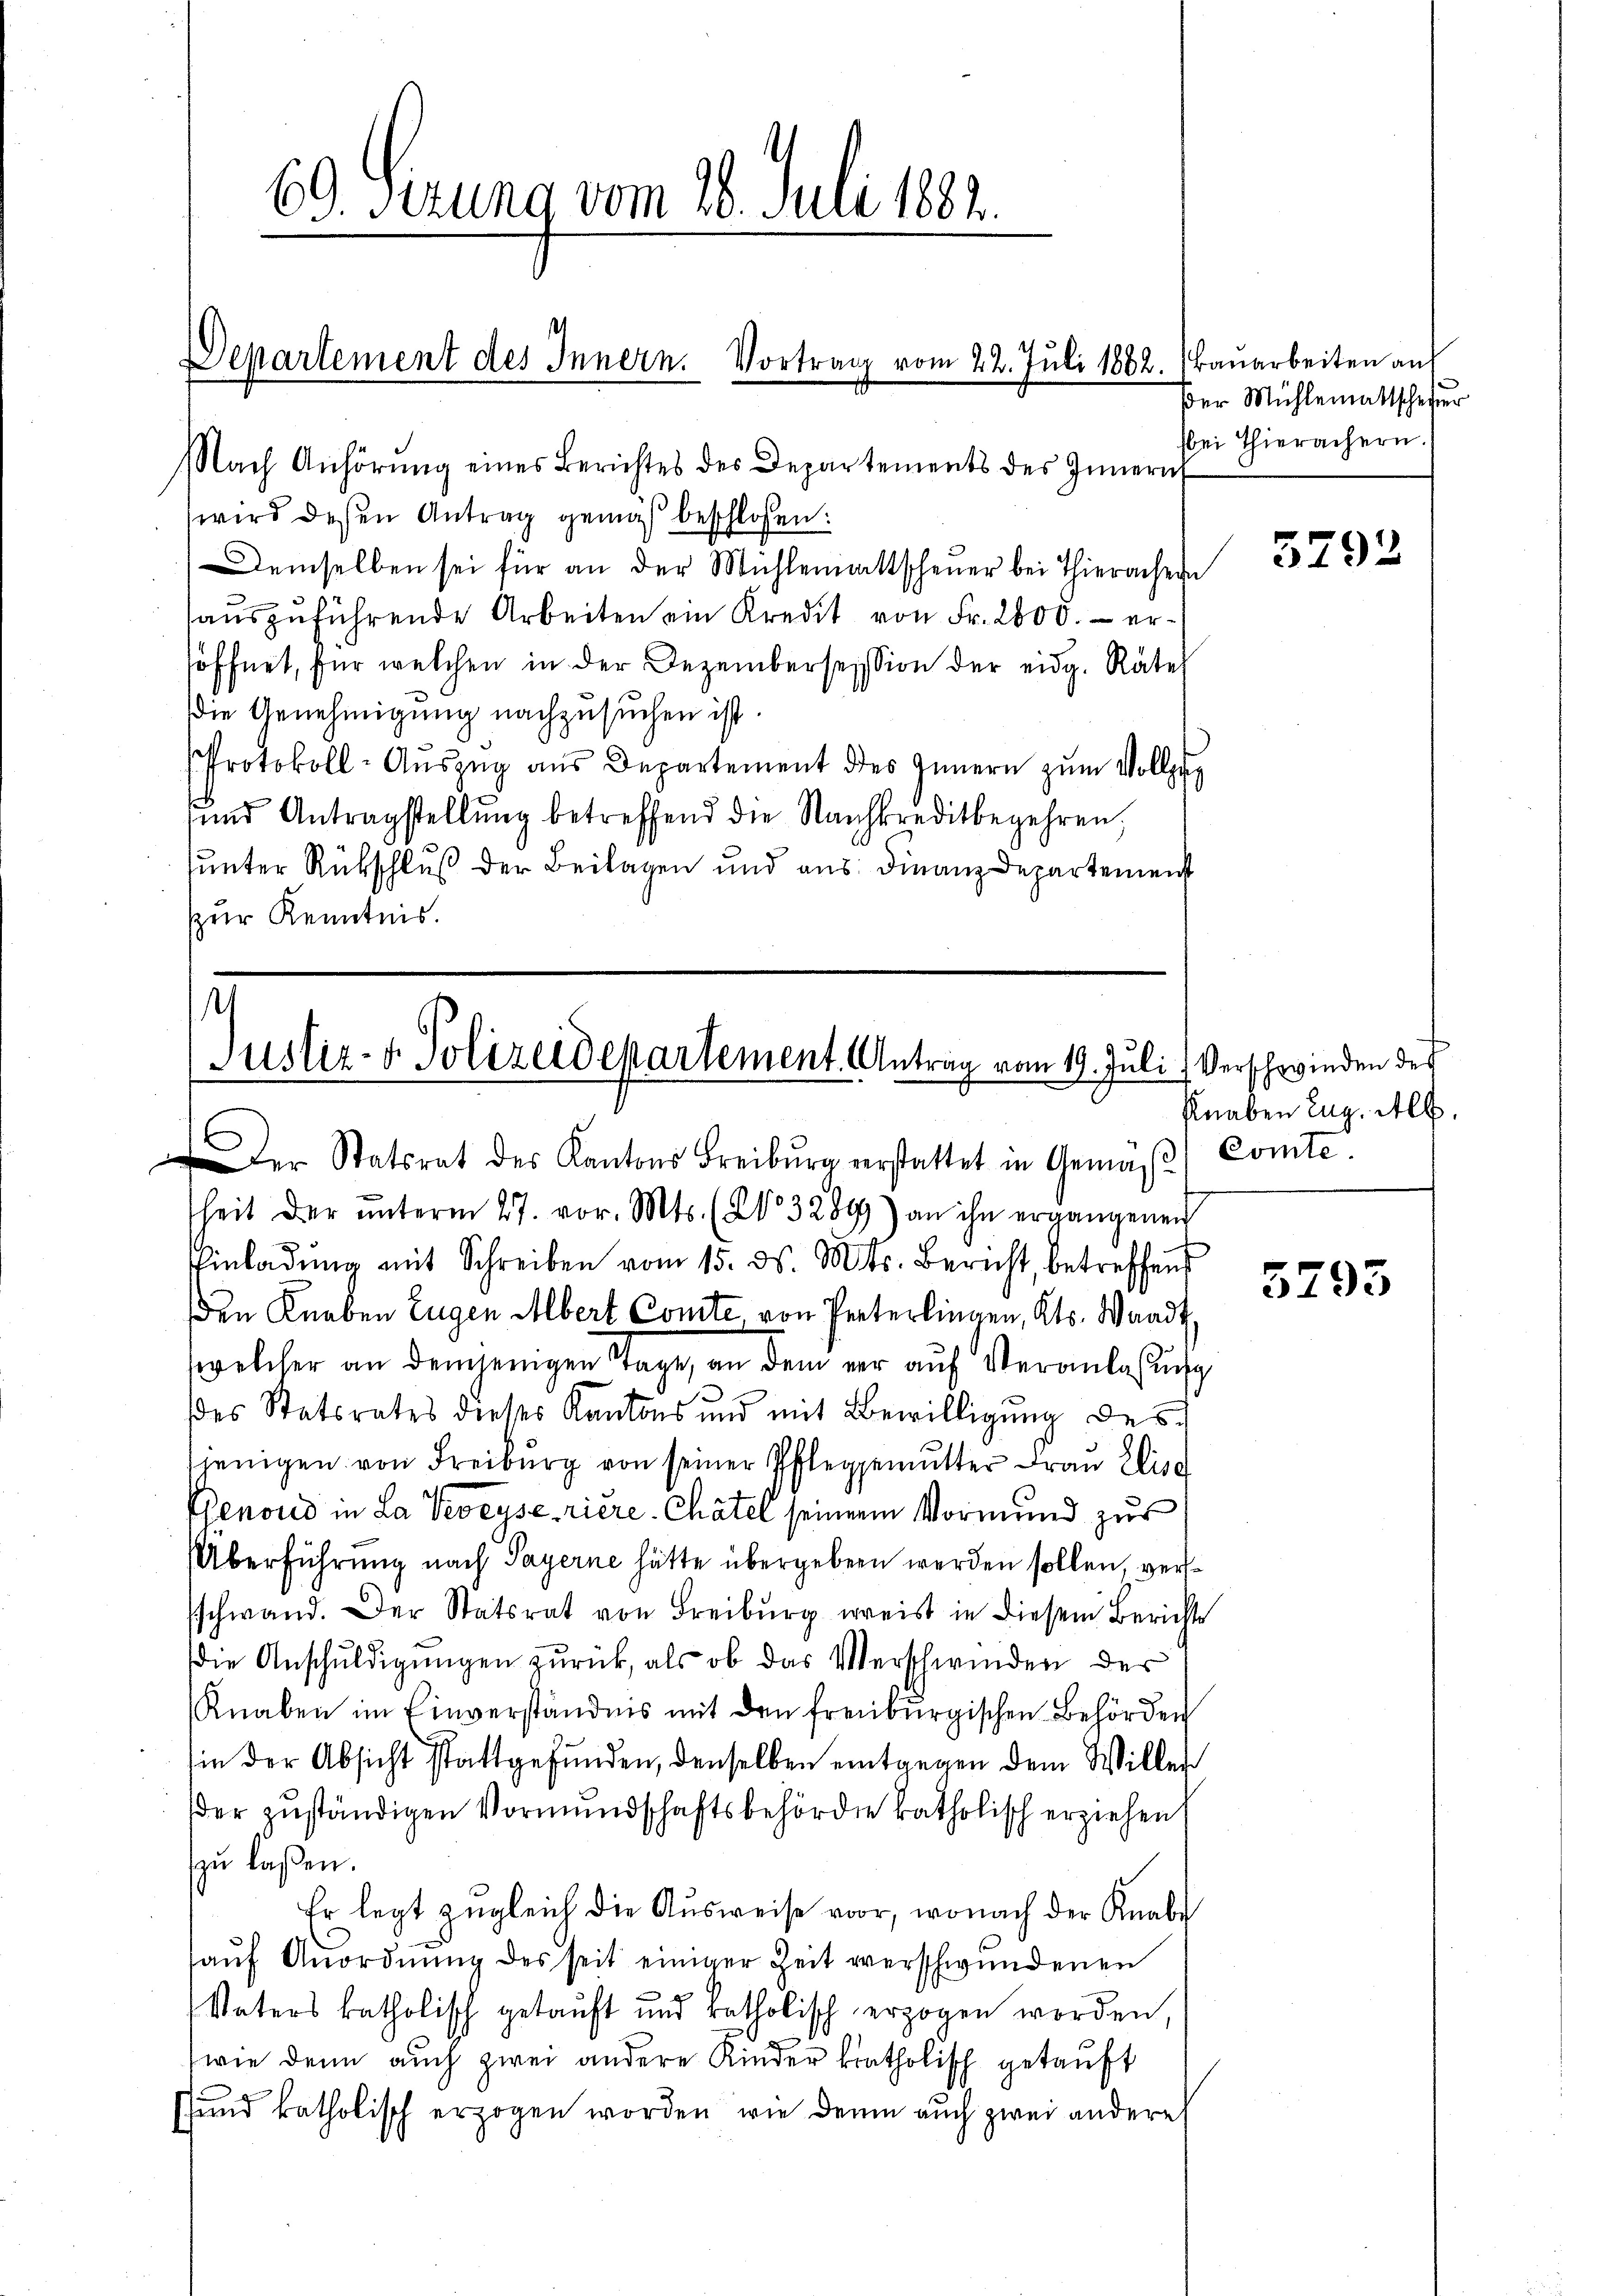
69. derung vom 26. Juli 1882.

,
Departement des Innern. Vortrag vom 22. Juli 1882. Baŭarbeiten auf

Nach Anhörŭng eines Berichtes des Departements des Innern
wird deßen Antrag gemäß beschlossen:
Demselben sei für an der Mühlemattscheuer bei Thierachen
aŭszŭführende Arbeiten ein Kredit von Fr. 2000.- ersöffnet, für welchen in der Dezembersession der eidg. Räte
die Genehmigung nachzusuchen ist.
Protokoll-Auszug aus Departement des Innern zum Vollzug
uund Antragstellung betreffend die Nachkreditbegehren,
unter Rückschluß der Beilagen und aus Finanz-Departemenst
zur Kenntnis.

Der Statsrat des Kantons Freiburg verstattet in Gemäβ) Comte.
heit der ŭnterm 27. vor. Mts. (213289) an ihn ergangenen
Einladung mit Schreiben vom 15. ds. Mts. Bericht, betreffend
den Knaben Eugen Albert Comte, von Peterlingen, Kts. Waadt,
welcher an demjenigen Tage, an dem vor auf Veranlassung
des Statsrates dieses Kantons und mit Bewilligŭng des
jenigen von Freiburg von seiner Pfleggemutter Frau Elisa
Genoud in La Veveyse riere. Chätel seinem Vormund zur
Überführung nach Payerne hätte übergeben werden sollen, verschwand. Der Statsrat von Freiburg weis in diesem Bericht
die Anschuldigungen zurück, als ob das Verschwinden des
Knaben im Einverständnis mit den freiburgischen Behörden
in der Absicht stattgefunden, denselben entgegen dem Willer
der zuständigen Vormundschaftsbehörde katholisch erziehen
zu laßen.
Er legt zugleich die Ausweise vor, wonach der Knabe
haŭf Anordnŭng des seit einiger Zeit verschwundenen
Vaters katholisch getauft und katholisch erzogen worden,
(wie denn auch zwei andere Kinder katholisch getauft
sund katholisch erzogen worden, wie denn auch zwei andere

u
Justiz- & Polizeidepartement. Antrag vom 19. Juli

Der Mühlemattschafter
bei Thierachern.

5792

Verschwinden des
Knaben Aug. Alb.

5793